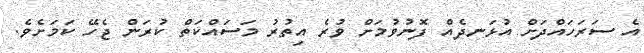
އެ ސަރަހައްދަށް އުޅަނދެއް ފޮނުވުމަށް ވުރެ އިތުރު މަސައްކަތް ކުރަން ޖެހޭ ކަމަށެވެ.